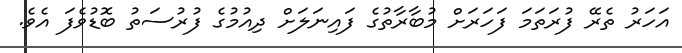
އަހަރު ތެރޭ ފުރަތަމަ ފަހަރަށް މުބާރާތުގެ ފައިނަލަށް ދިއުމުގެ ފުރުސަތު ބޮޑުވެފަ އެވެ.